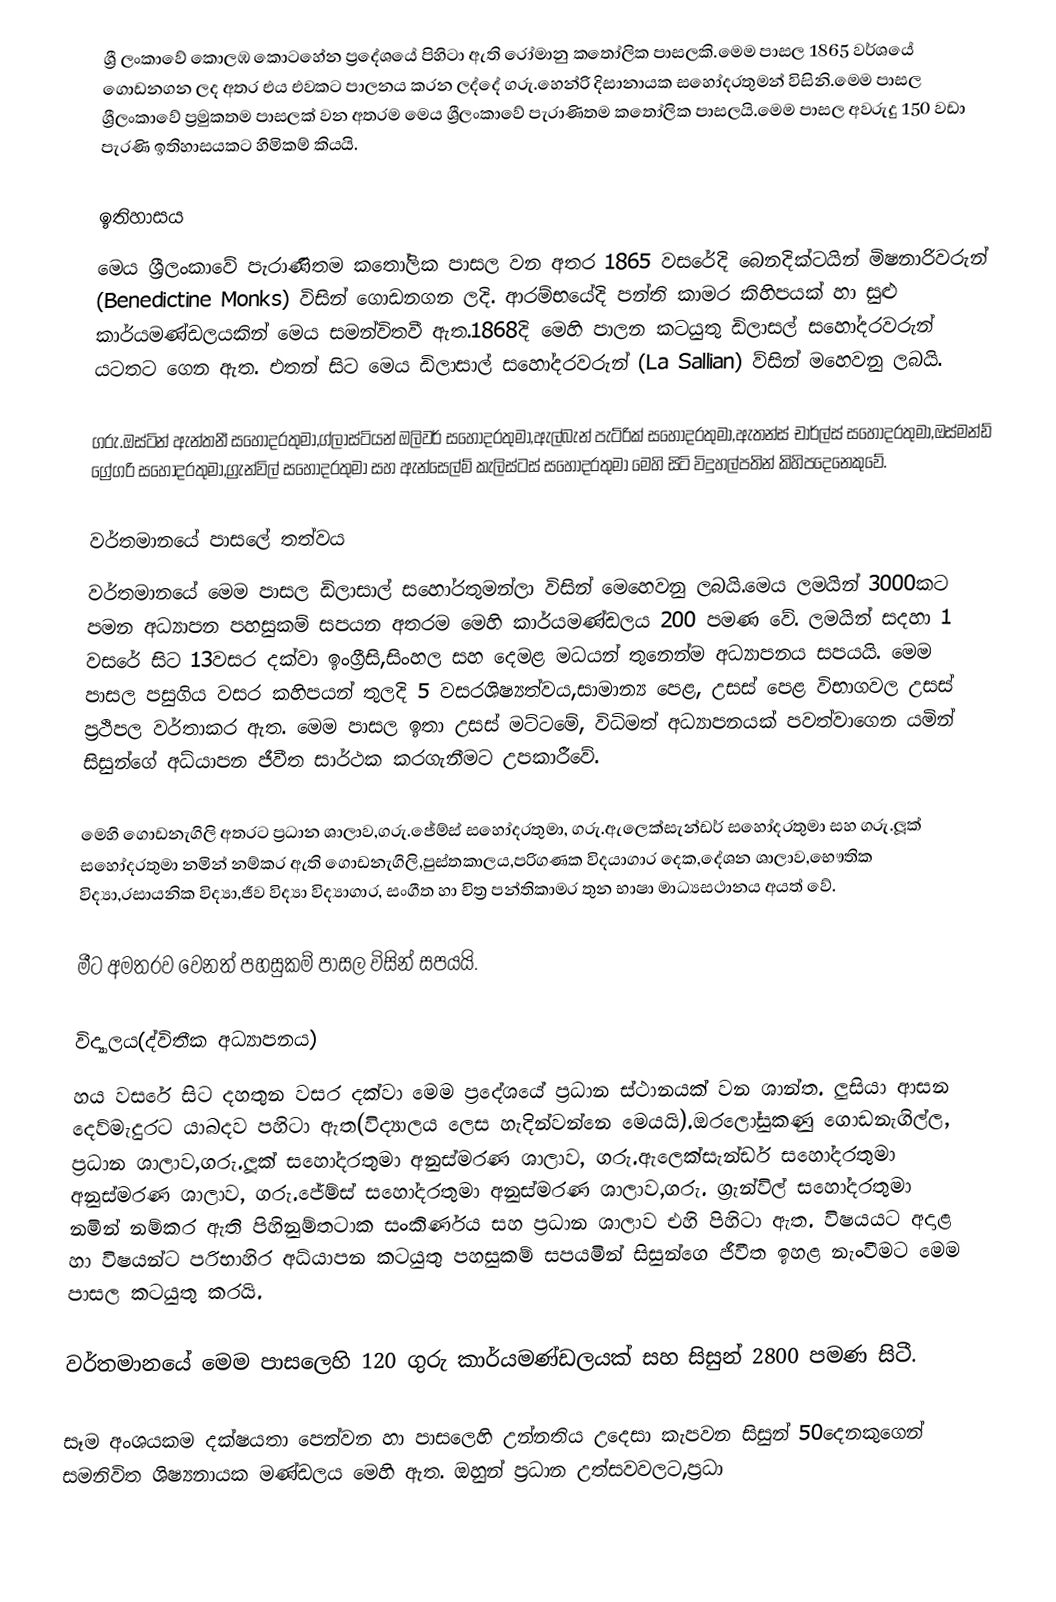
ශ්‍රී ලංකාවේ කොලඹ කොටහේන ප්‍රදේශයේ පිහිටා ඇති රෝමානු කතෝලික පාසලකි.මෙම පාසල 1865 වර්ශයේ ගොඩනගන ලද අතර එය එවකට පාලනය කරන ලද්දේ ගරු.හෙන්රි දිසානායක සහෝදරතුමන් විසිනි.මෙම පාසල ශ්‍රීලංකාවේ ප්‍රමුකතම පාසලක් වන අතරම මෙය ශ්‍රීලංකාවේ පැරාණිතම කතෝලික පාසලයි.මෙම පාසල අවරුදු 150 වඩා පැරණි ඉතිහාසයකට හිමිකම් කියයි.

ඉතිහාසය
මෙය ශ්‍රීලංකාවේ පැරාණිතම කතෝලික පාසල වන අතර 1865 වසරේදි බෙනදික්ටයින් මිෂනාරිවරුන් (Benedictine Monks) විසින් ගොඩනගන ලදි. ආරම්භයේදි පන්ති කාමර කිහිපයක් හා සුළු කාර්යමණ්ඩලයකින් මෙය සමන්විතවී ඇත.1868දි මෙහි පාලන කටයුතු ඩිලාසල් සහෝදරවරුන් යටතට ගෙන ඇත. එතන් සිට මෙය ඩිලාසාල් සහෝදරවරුන් (La Sallian) ව්සින් මහෙවනු ලබයි.

ගරු.ඔස්ටින් ඇන්තනී සහෝදරතුමා,ග්ලාස්ටියන් ඔලිවර් සහෝදරතුමා,ඇල්බැන් පැට්රික් සහෝදරතුමා,ඇතන්ස් චාර්ල්ස් සහෝදරතුමා,ඔස්මන්ඩ් ග්‍රේගරි සහෝදරතුමා,ග්‍රැන්විල් සහෝදරතුමා සහ ඇන්සෙල්ම් කැලිස්ටස් සහෝදරතුමා මෙහි සිටි විදුහල්පතින් කිහිපදෙනෙකුවේ.

වර්තමානයේ පාසලේ තත්වය
වර්තමානයේ මෙම පාසල ඩිලාසාල් සහෝරතුමන්ලා විසින් මෙහෙවනු ලබයි.මෙය ලමයින් 3000කට පමන අධ්‍යාපන පහසුකම් සපයන අතරම මෙහි කාර්යමණ්ඩලය 200 පමණ වේ. ලමයින් සදහා 1 වසරේ සිට 13වසර දක්වා ඉංග්‍රීසි,සිංහල සහ දෙමළ මධයන් තුනෙන්ම අධ්‍යාපනය සපයයි. මෙම පාසල පසුගිය වසර කහිපයන් තුලදි 5 වසරශිෂ්‍යත්වය,සාමාන්‍ය පෙළ, උසස් පෙළ විභාගවල උසස් ප්‍රථිපල වර්තාකර ඇත. මෙම පාසල ඉතා උසස් මට්ටමේ, විධිමත් අධ්‍යාපනයක් පවත්වාගෙන යමින් සිසුන්ගේ අධ්යාපන ජීවීත සාර්ථක කරගැනීමට උපකාරීවේ.

මෙහි ගොඩනැගිලි අතරට ප්‍රධාන ශාලාව,ගරු.ජේම්ස් සහෝදරතුමා, ගරු.ඇලෙක්සැන්ඩර් සහෝදරතුමා සහ ගරු.ලූක් සහෝදරතුමා නමින් නම්කර ඇති ගොඩනැගිලි,පුස්තකාලය,පරිගණක විදයාගාර දෙක,දේශන ශාලාව,භෞතික විද්‍යා,රසායනික විද්‍යා,ජීව විද්‍යා විද්‍යාගාර, සංගීත හා චිත්‍ර පන්තිකාමර තුන භාෂා මාධ්‍යසථානය අයත් වේ.

මීට අමතරව වෙනත් පහසුකම් පාසල විසින් සපයයි.

විද්‍යාලය(ද්විතීක අධ්‍යාපනය)
හය වසරේ සිට දහතුන වසර දක්වා මෙම ප්‍රදේශයේ ප්‍රධාන ස්ථානයක් වන ශාන්ත. ලුසියා ආසන දෙව්මැදුරට යාබදව පහිටා ඇත(විද්‍යාලය ලෙස හැදින්වන්නෙ මෙයයි).ඔරලෝසුකණු ගොඩනැගිල්ල, ප්‍රධාන ශාලාව,ගරු.ලූක් සහෝදරතුමා අනුස්මරණ ශාලාව, ගරු.ඇලෙක්සැන්ඩර් සහෝදරතුමා අනුස්මරණ ශාලාව, ගරු.ජේම්ස් සහෝදරතුමා අනුස්මරණ ශාලාව,ගරු. ග්‍රැන්විල් සහෝදරතුමා නමින් නම්කර ඇති පිහිනුම්තටාක සංකිර්ණය සහ ප්‍රධාන ශාලාව එහි පිහිටා ඇත. විෂයයට අදාළ හා විෂයන්ට පරිභාහිර අධ්යාපන කටයුතු පහසුකම් සපයමින් සිසුන්ගෙ ජීවීත ඉහළ නැංවීමට මෙම පාසල කටයුතු කරයි.

වර්තමානයේ මෙම පාසලෙහි 120 ගුරු කාර්යමණ්ඩලයක් සහ සිසුන් 2800 පමණ සිටී.

සෑම අංශයකම දක්ෂයතා පෙන්වන හා  පාසලෙහි උන්නතිය උදෙසා කැපවන සිසුන් 50දෙනකුගෙන් සමනිවිත ශිෂ්‍යනායක මණ්ඩලය මෙහි ඇත. ඔහුන් ප්‍රධාන උත්සවවලට,ප්‍රධා